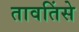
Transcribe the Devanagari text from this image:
तावतिंसे